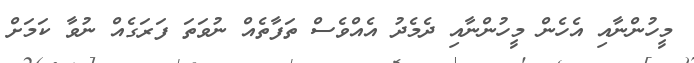
މީހުންނާއި އެހެން މީހުންނާއި ދެމެދު އެއްވެސް ތަފާތެއް ނުވަތަ ފަރަގެއް ނުވާ ކަމަށް